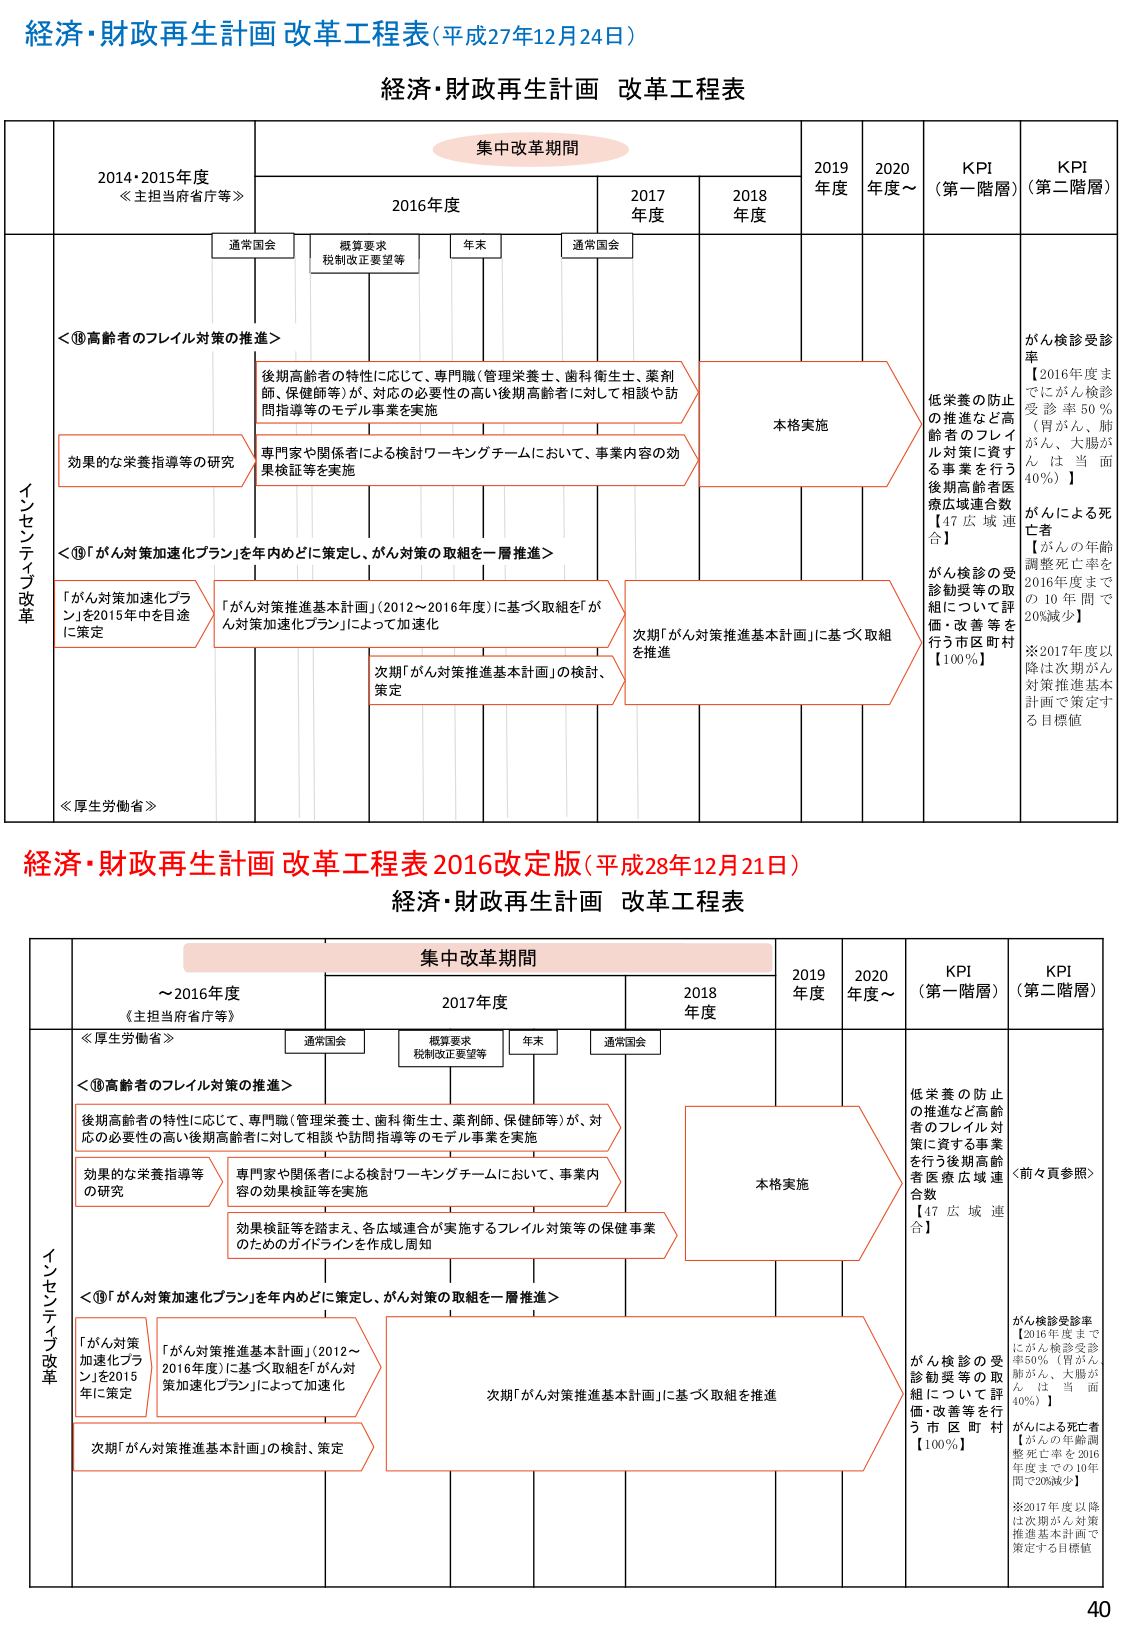
経済・財政再生計画 改革工程表（平成27年12月24日）

経済・財政再生計画 改革工程表

集中改革期間

2014・2015年度
《主担当府省庁等》

2016年度

2017年度

2018年度

2019年度

2020年度～

KPI（第一階層）

KPI（第二階層）

通常国会

概算要求
税制改正要望等

年末

通常国会

インセンティブ改革

＜⑩高齢者のフレイル対策の推進＞

後期高齢者の特性に応じて、専門職（管理栄養士、歯科衛生士、薬剤師、保健師等）が、対応の必要性の高い後期高齢者に対して相談や訪問指導等のモデル事業を実施

効果的な栄養指導等の研究

専門家や関係者による検討ワーキングチームにおいて、事業内容の効果検証等を実施

本格実施

低栄養の防止の推進など高齢者のフレイル対策に資する事業を行う後期高齢者医療広域連合数【47広域連合】

がん検診受診率【2016年度までにがん検診受診率50％（胃がん、肺がん、大腸がんは当面40％）】

がんによる死亡者【がんの年齢調整死亡率を2016年度までの10年間で20％減少】

※2017年度以降は次期がん対策推進基本計画で策定する目標値

＜⑪「がん対策加速化プラン」を年内めどに策定し、がん対策の取組を一層推進＞

「がん対策加速化プラン」を2015年中を目途に策定

「がん対策推進基本計画」（2012～2016年度）に基づく取組を「がん対策加速化プラン」によって加速化

次期「がん対策推進基本計画」の検討、策定

次期「がん対策推進基本計画」に基づく取組を推進

がん検診の受診勧奨等の取組について評価・改善等を行う市区町村【100％】

《厚生労働省》

経済・財政再生計画 改革工程表 2016改定版（平成28年12月21日）

経済・財政再生計画 改革工程表

集中改革期間

～2016年度
《主担当府省庁等》

2017年度

2018年度

2019年度

2020年度～

KPI（第一階層）

KPI（第二階層）

通常国会

概算要求
税制改正要望等

年末

通常国会

インセンティブ改革

《厚生労働省》

＜⑩高齢者のフレイル対策の推進＞

後期高齢者の特性に応じて、専門職（管理栄養士、歯科衛生士、薬剤師、保健師等）が、対応の必要性の高い後期高齢者に対して相談や訪問指導等のモデル事業を実施

効果的な栄養指導等の研究

専門家や関係者による検討ワーキングチームにおいて、事業内容の効果検証等を実施

効果検証等を踏まえ、各広域連合が実施するフレイル対策等の保健事業のためのガイドラインを作成し周知

本格実施

低栄養の防止の推進など高齢者のフレイル対策に資する事業を行う後期高齢者医療広域連合数【47広域連合】

〈前々頁参照〉

＜⑪「がん対策加速化プラン」を年内めどに策定し、がん対策の取組を一層推進＞

「がん対策加速化プラン」を2015年に策定

「がん対策推進基本計画」（2012～2016年度）に基づく取組を「がん対策加速化プラン」によって加速化

次期「がん対策推進基本計画」の検討、策定

次期「がん対策推進基本計画」に基づく取組を推進

がん検診の受診勧奨等の取組について評価・改善等を行う市区町村【100％】

がん検診受診率【2016年度までにがん検診受診率50％（胃がん、肺がん、大腸がんは当面40％）】

がんによる死亡者【がんの年齢調整死亡率を2016年度までの10年間で20％減少】

※2017年度以降は次期がん対策推進基本計画で策定する目標値

40